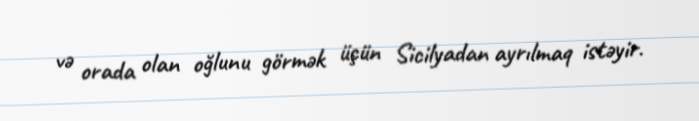
və orada olan oğlunu görmək üçün Sicilyadan ayrılmaq istəyir.